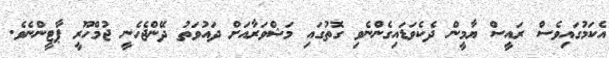
އެކަމުގައިވެސް ރައީސް ޔާމީން ދެކެވަޑައިގެންނެވި ގޮތުގައި މަޝްވަރާއަށް ދައުވަތު ދޭންޖެހެނީ ޖުމްހޫރީ ޕާޓީންނެވެ.